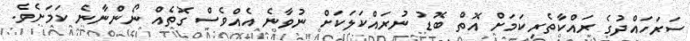
ސަރަހައްދުގެ ރައްކާތެރިކަމަށް އޮތް ބޮޑު ނުރައްކަލަކަށް ނުވާނެ އެއްވެސް ގޮތެއް ނޯންނާނެ ކަމަށެވެ.